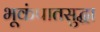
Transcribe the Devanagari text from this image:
भूकंपातसुद्धा